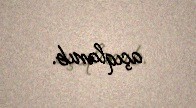
açıqlanıb.